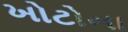
ખોટોના